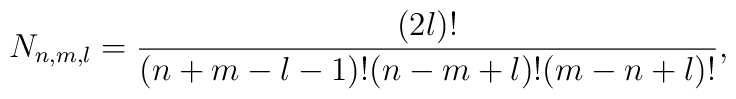
N_{n,m,l}=\frac{(2l)!}{(n+m-l-1)!(n-m+l)!(m-n+l)!},